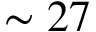
\sim 2 7